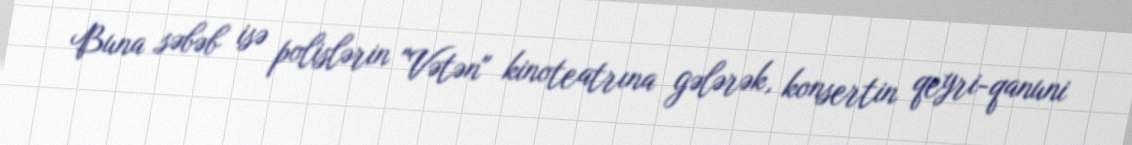
Buna səbəb isə polislərin "Vətən" kinoteatrına gələrək, konsertin qeyri-qanuni